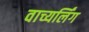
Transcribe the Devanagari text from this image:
वाच्यर्लिंग